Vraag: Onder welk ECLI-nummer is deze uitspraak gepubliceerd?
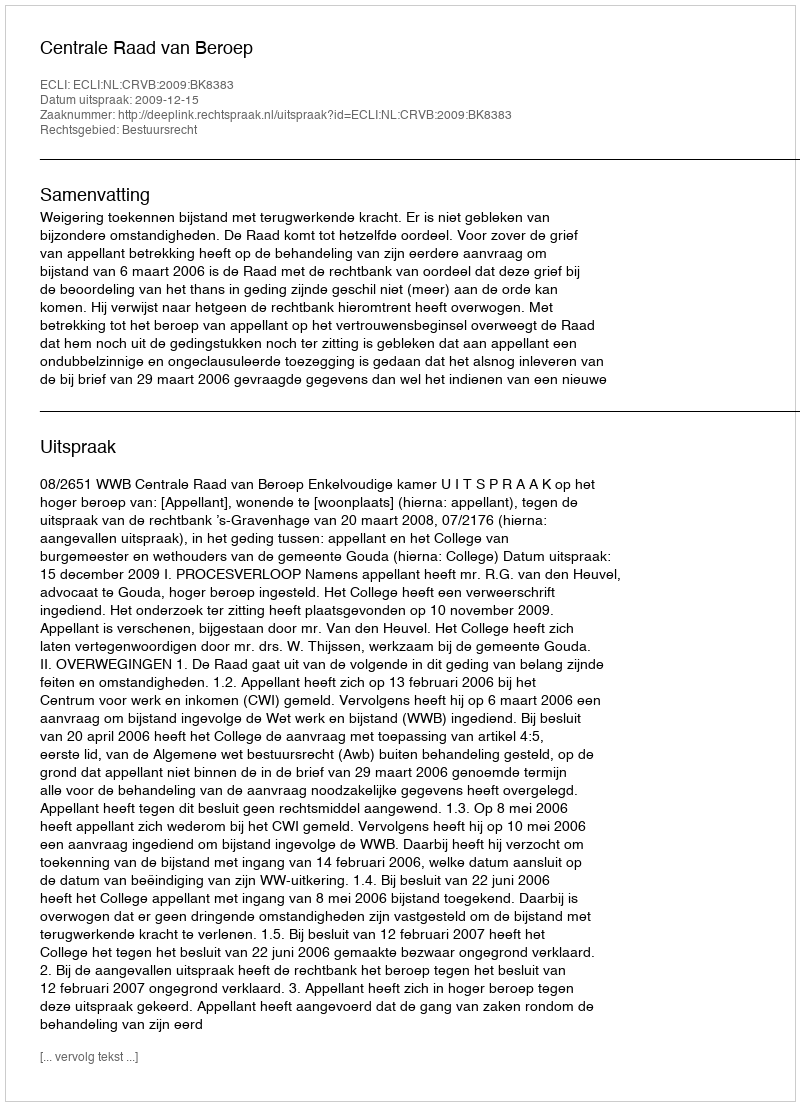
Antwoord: ECLI:NL:CRVB:2009:BK8383